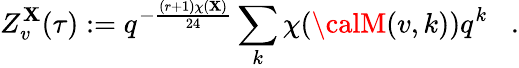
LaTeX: Z_{v}^{\mathbf{X}}(\tau):=q^{-{\frac{{(r+1)\chi(\mathbf{X})}}{{24}}}}\sum_{k}\chi({\calM}(v,k))q^{k}\; \; \; .